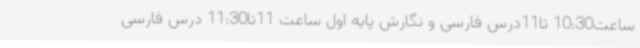
ساعت10:30 تا11درس فارسی و نگارش پایه اول ساعت 11تا11:30 درس فارسی